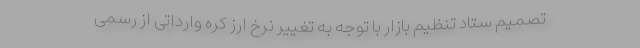
تصمیم ستاد تنظیم بازار با توجه به تغییر نرخ ارز کره وارداتی از رسمی